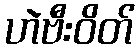
ဟဲဗီးဝိတ်